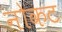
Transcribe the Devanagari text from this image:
नोकट